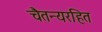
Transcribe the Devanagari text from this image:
चैतन्यरहित